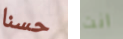
حسنا انت